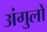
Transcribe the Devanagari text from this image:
अंगुलों